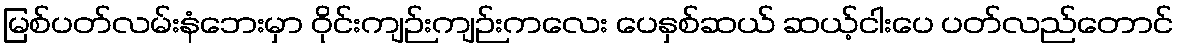
မြစ်ပတ်လမ်းနံဘေးမှာ ဝိုင်းကျဉ်းကျဉ်းကလေး ပေနှစ်ဆယ် ဆယ့်ငါးပေ ပတ်လည်တောင်